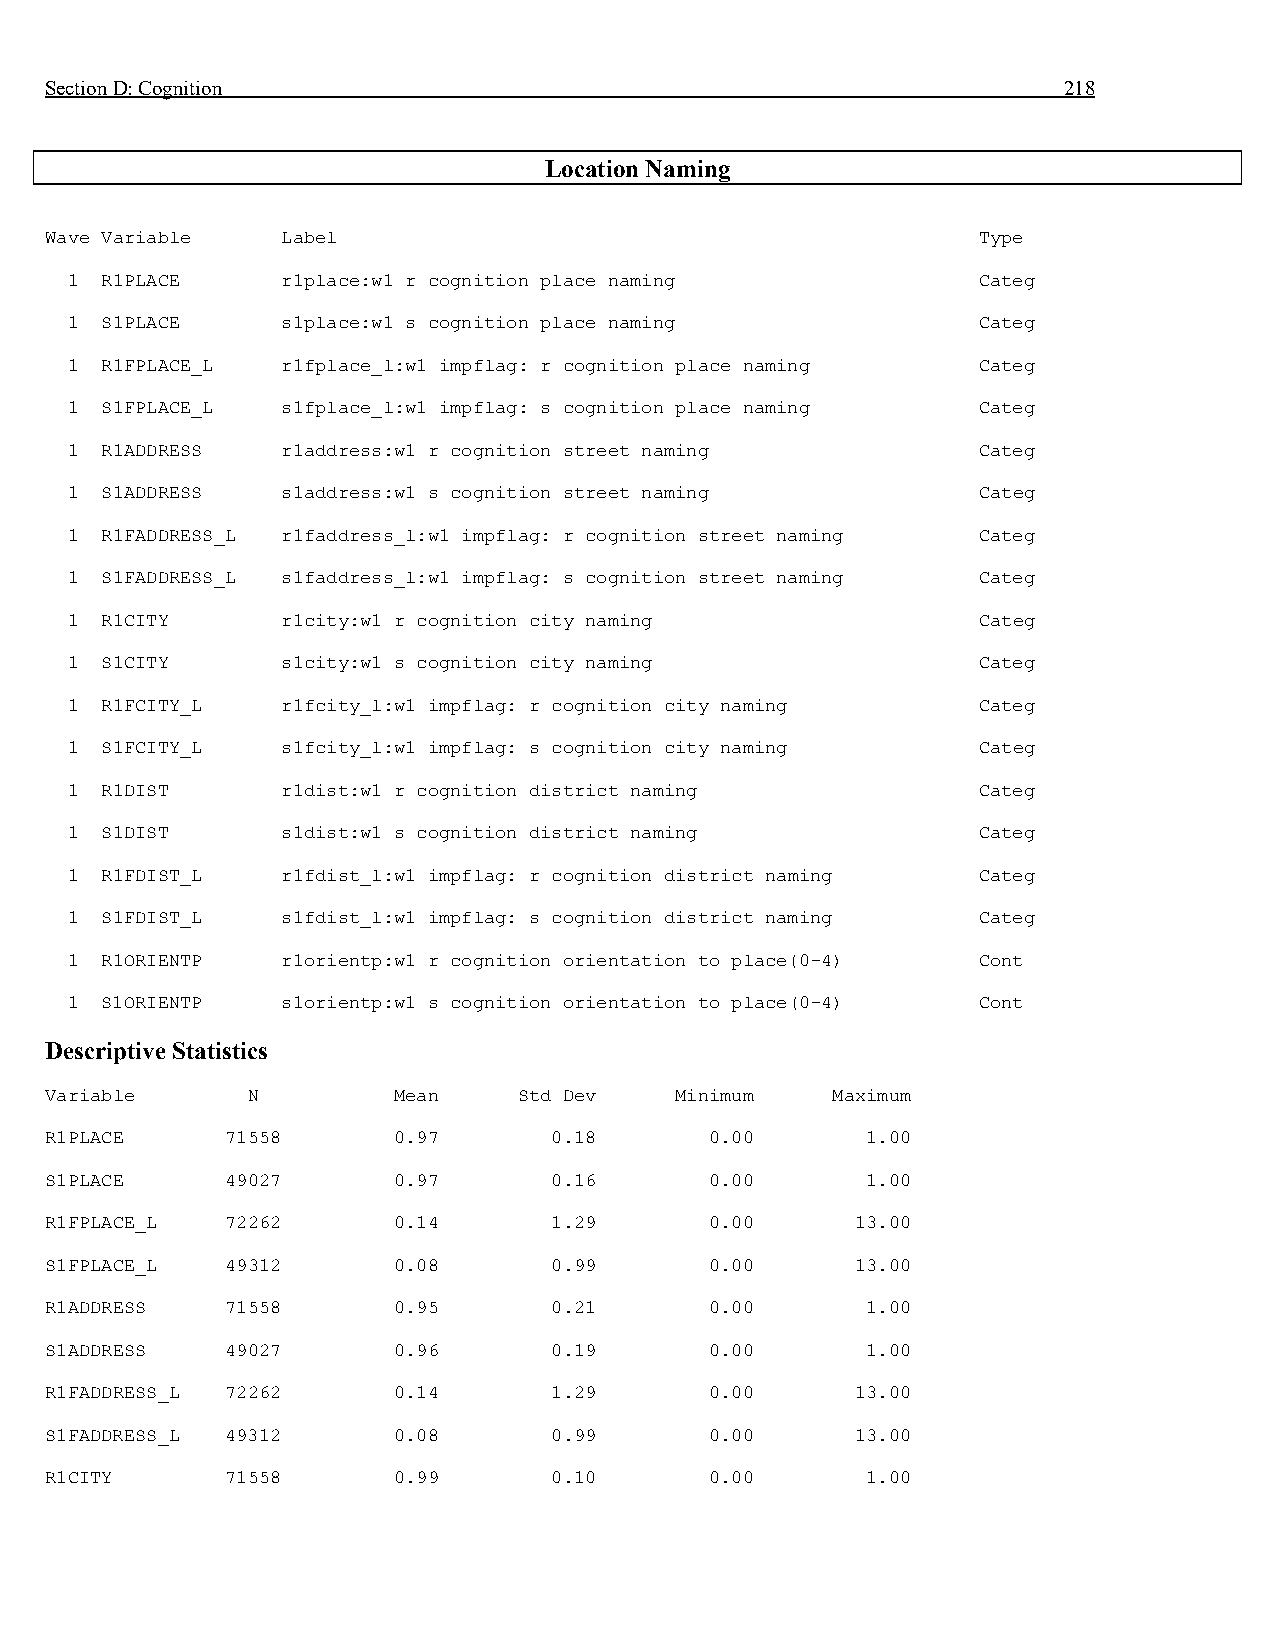
Section D: Cognition                                               218
 Location Naming
 Wave Variable   Label                                         Type
 1  R1PLACE     r1place:w1 r cognition place naming           Categ
 1  S1PLACE     s1place:w1 s cognition place naming           Categ
 1  R1FPLACE_L  r1fplace_l:w1 impflag: r cognition place naming Categ
 1  S1FPLACE_L  s1fplace_l:w1 impflag: s cognition place naming Categ
 1  R1ADDRESS   r1address:w1 r cognition street naming        Categ
 1  S1ADDRESS   s1address:w1 s cognition street naming        Categ
 1  R1FADDRESS_L r1faddress_l:w1 impflag: r cognition street naming Categ
 1  S1FADDRESS_L s1faddress_l:w1 impflag: s cognition street naming Categ
 1  R1CITY      r1city:w1 r cognition city naming             Categ
 1  S1CITY      s1city:w1 s cognition city naming             Categ
 1  R1FCITY_L   r1fcity_l:w1 impflag: r cognition city naming Categ
 1  S1FCITY_L   s1fcity_l:w1 impflag: s cognition city naming Categ
 1  R1DIST      r1dist:w1 r cognition district naming         Categ
 1  S1DIST      s1dist:w1 s cognition district naming         Categ
 1  R1FDIST_L   r1fdist_l:w1 impflag: r cognition district naming Categ
 1  S1FDIST_L   s1fdist_l:w1 impflag: s cognition district naming Categ
 1  R1ORIENTP   r1orientp:w1 r cognition orientation to place(0-4) Cont
 1  S1ORIENTP   s1orientp:w1 s cognition orientation to place(0-4) Cont
 Descriptive Statistics
 Variable     N         Mean    Std Dev    Minimum   Maximum
 R1PLACE     71558      0.97      0.18       0.00      1.00
 S1PLACE     49027      0.97      0.16       0.00      1.00
 R1FPLACE_L  72262      0.14      1.29       0.00      13.00
 S1FPLACE_L  49312      0.08      0.99       0.00      13.00
 R1ADDRESS   71558      0.95      0.21       0.00      1.00
 S1ADDRESS   49027      0.96      0.19       0.00      1.00
 R1FADDRESS_L 72262     0.14      1.29       0.00      13.00
 S1FADDRESS_L 49312     0.08      0.99       0.00      13.00
 R1CITY      71558      0.99      0.10       0.00      1.00